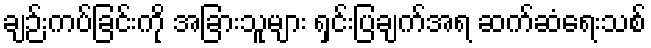
ချဉ်းကပ်ခြင်းကို အခြားသူများ ရှင်းပြချက်အရ ဆက်ဆံရေးသစ်